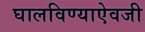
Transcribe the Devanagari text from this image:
घालविण्याऐवजी